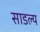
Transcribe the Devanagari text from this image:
साडल्य